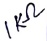
Text: 1KΩ